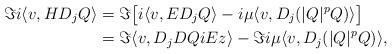
LaTeX: \begin{align*}\Im i\langle v,HD_jQ\rangle & = \Im \bigl[ i\langle v,ED_jQ\rangle -i\mu\langle v,D_j(|Q|^pQ)\rangle \bigr] \\& = \Im\langle v,D_jDQ iEz\rangle-\Im i\mu\langle v,D_j(|Q|^p Q)\rangle,\end{align*}